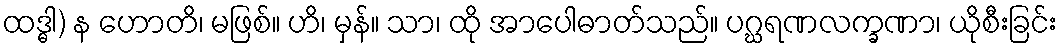
ထဒ္ဓါ) န ဟောတိ၊ မဖြစ်။ ဟိ၊ မှန်။ သာ၊ ထို အာပေါဓာတ်သည်။ ပဂ္ဃရဏလက္ခဏာ၊ ယိုစီးခြင်း